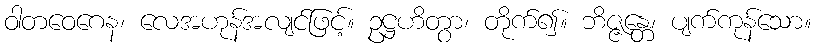
ဝါတဝေဂေန၊ လေအဟုန်အလျင်ဖြင့်။ ဥဋ္ဌဟိတွာ၊ တိုက်၍။ ဘိဇ္ဇန္တေ၊ ပျက်ကုန်သော။